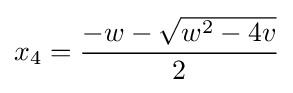
x_{4}={-w-{\sqrt {w^{2}-4v}} \over 2}